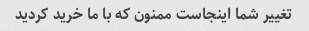
تغییر شما اینجاست ممنون که با ما خرید کردید